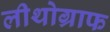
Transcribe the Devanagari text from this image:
लीथोग्राफ